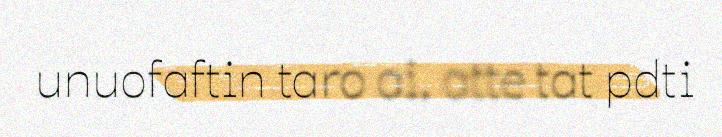
unuofaftin taro ai, atte tat pdti